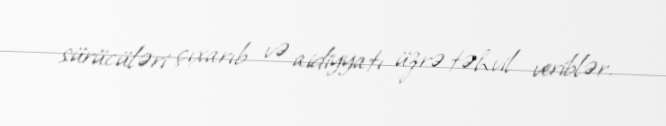
sürücüləri çıxarıb və aidiyyatı üzrə təhvil veriblər.